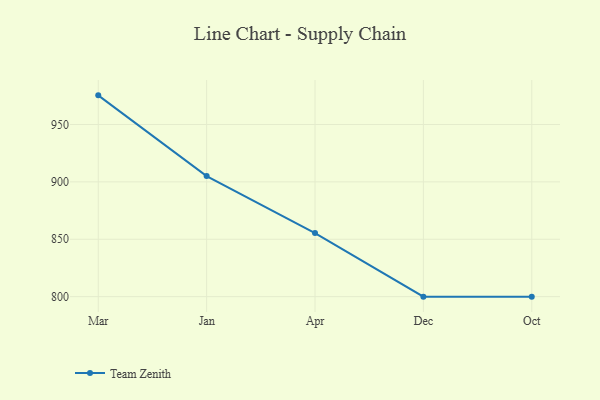
{"axis": {"x": "Month", "y": "Temperature (°C)"}, "legend": ["Team Zenith"], "data": [{"x": "Mar", "y": 975.4, "type": "Team Zenith"}, {"x": "Jan", "y": 905.1, "type": "Team Zenith"}, {"x": "Apr", "y": 855.4, "type": "Team Zenith"}, {"x": "Dec", "y": 800, "type": "Team Zenith"}, {"x": "Oct", "y": 800, "type": "Team Zenith"}]}